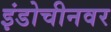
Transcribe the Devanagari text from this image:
इंडोचीनवर